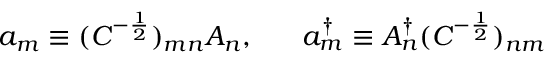
a _ { m } \equiv ( C ^ { - \frac { 1 } { 2 } } ) _ { m n } A _ { n } , \; \; \; \; \; \; a _ { m } ^ { \dagger } \equiv A _ { n } ^ { \dagger } ( C ^ { - \frac { 1 } { 2 } } ) _ { n m }